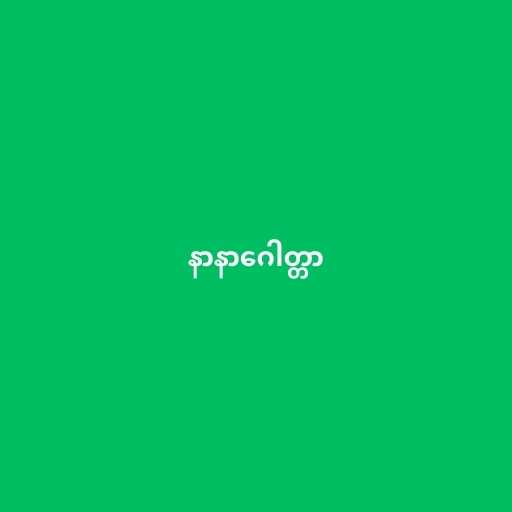
နာနာဂေါတ္တာ